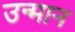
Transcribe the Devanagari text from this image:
उन्मान